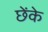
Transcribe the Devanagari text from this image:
छेंके